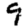
Digit: 9